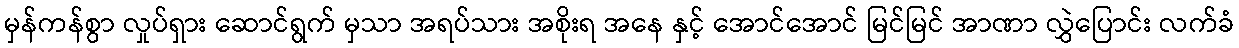
မှန်ကန်စွာ လှုပ်ရှား ဆောင်ရွက် မှသာ အရပ်သား အစိုးရ အနေ နှင့် အောင်အောင် မြင်မြင် အာဏာ လွှဲပြောင်း လက်ခံ